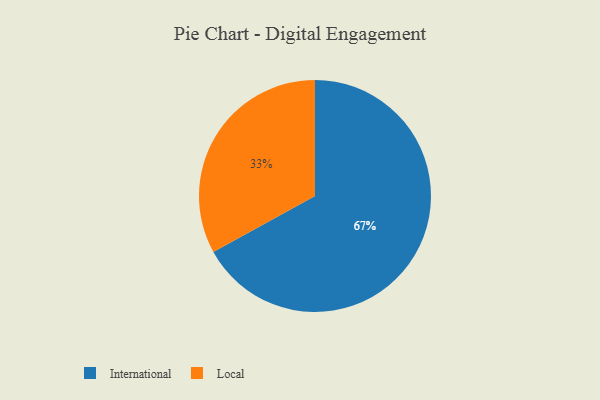
{"axis": {"x": "Category", "y": "Percentage"}, "legend": ["International", "Local"], "data": [{"x": "Local", "y": 33, "type": "Local"}, {"x": "International", "y": 67, "type": "International"}]}